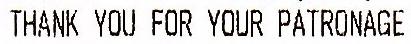
THANK YOU FOR YOUR PATRONAGE